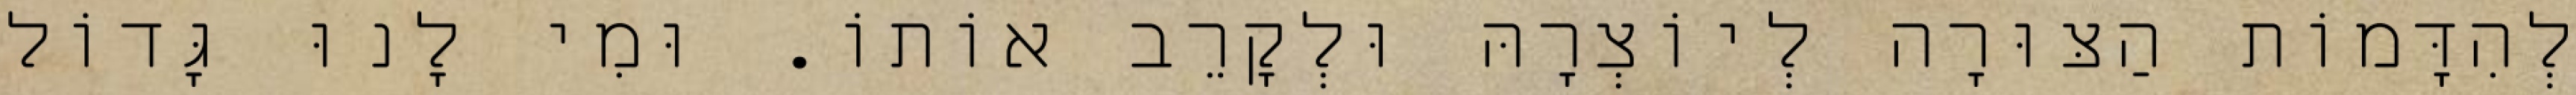
לְהִדָּמוֹת הַצּוּרָה לְיוֹצְרָהּ וּלְקָרֵב אוֹתוֹ. וּמִי לָנוּ גָּדוֹל